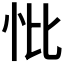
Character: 𢗽